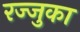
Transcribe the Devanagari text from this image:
रज्जुका